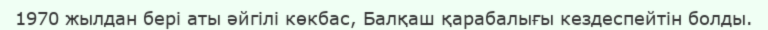
1970 жылдан бері аты әйгілі көкбас, Балқаш қарабалығы кездеспейтін болды.